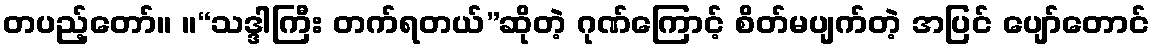
တပည့်တော်။ ။“သဒ္ဒါကြီး တက်ရတယ်”ဆိုတဲ့ ဂုဏ်ကြောင့် စိတ်မပျက်တဲ့ အပြင် ပျော်တောင်